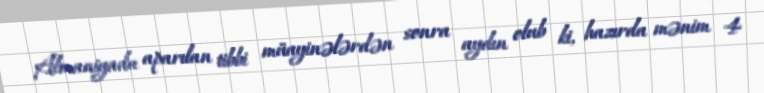
Almaniyada aparılan tibbi müayinələrdən sonra aydın olub ki, hazırda mənim 4